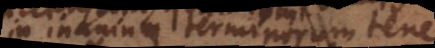
in inanium terminorum tenebris